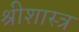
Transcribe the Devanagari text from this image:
श्रीशास्त्र